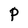
Character: P